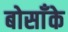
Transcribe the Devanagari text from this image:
बोसाँके